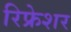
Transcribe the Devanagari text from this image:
रिफ्रेशर